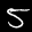
Label: 5